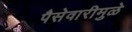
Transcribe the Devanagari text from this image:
पैसेवारीमुळे